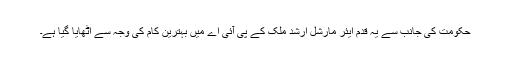
حکومت کی جانب سے یہ قدم ایئر مارشل ارشد ملک کے پی آئی اے میں بہترین کام کی وجہ سے اٹھایا گیا ہے۔